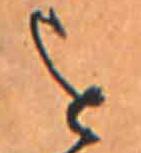
を